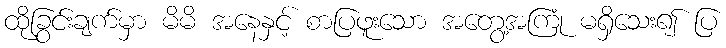
ထိုခြွင်းချက်မှာ မိမိ အနေနှင့် စာပြဖူးသော အတွေ့အကြုံ မရှိသေး၍ ပြ